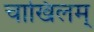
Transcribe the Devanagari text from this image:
चाखिलम्